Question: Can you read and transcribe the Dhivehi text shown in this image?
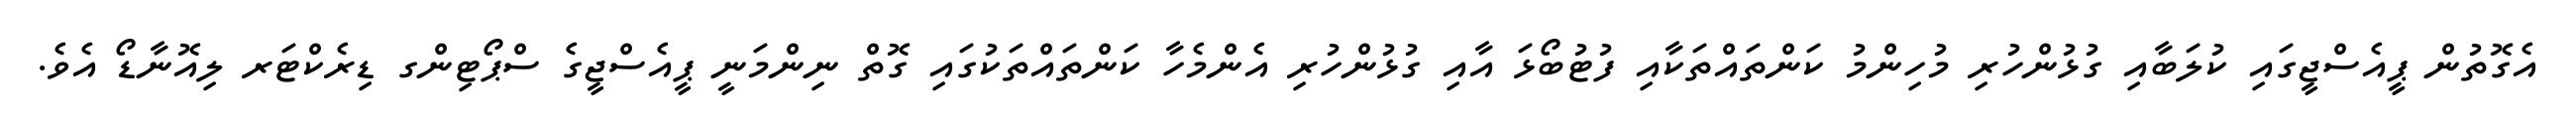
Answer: އެގޮތުން ޕީއެސްޖީގައި ކުލަބާއި ގުޅުންހުރި މުހިންމު ކަންތައްތަކާއި ފުޓުބޯޅަ އާއި ގުޅުންހުރި އެންމެހާ ކަންތައްތަކުގައި ގޮތް ނިންމަނީ ޕީއެސްޖީގެ ސްޕޯޓިންގ ޑިރެކްޓަރ ލިއޮނާޑޯ އެވެ.